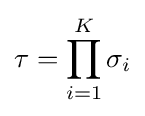
\tau =\prod _{i=1}^{K}\sigma _{i}